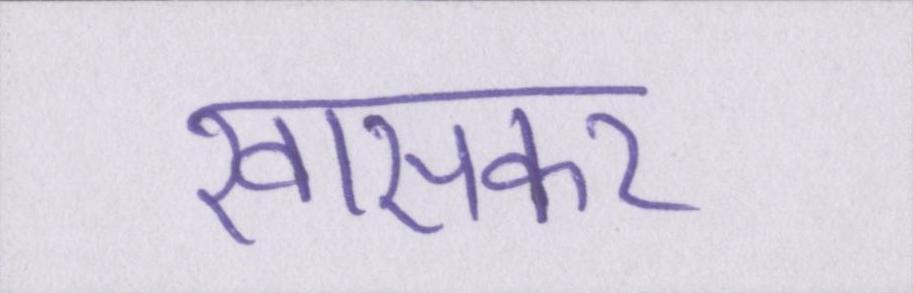
खासकर